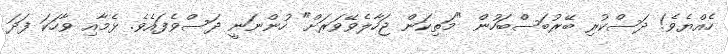
ހެއްޔެވެ! ދަސްކުރި ބޭރުބަސްބަހުން "މަތިކަން ޖަހާލެވޭވަރަށް" ހުންނަނީ ދަސްވެފައެވެ. ޅެމާއި ވާހަކަ ފަދަ